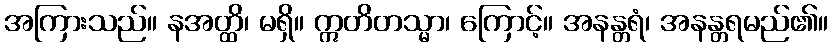
အကြားသည်။ နအတ္ထိ၊ မရှိ။ ဣတိတသ္မာ၊ ကြောင့်။ အနန္တရံ၊ အနန္တရမည်၏။